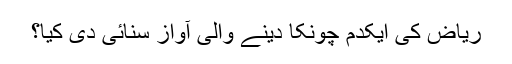
ریاض کی ایکدم چونکا دینے والی آواز سنائی دی کیا؟